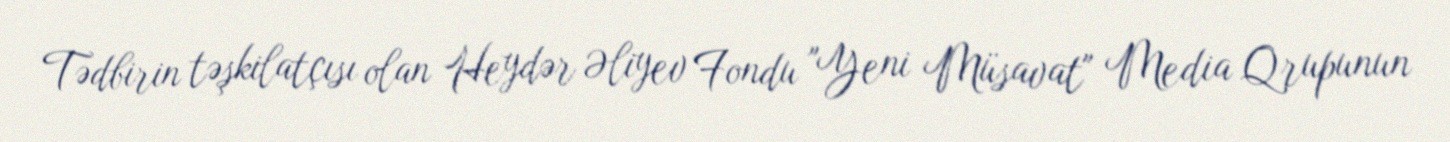
Tədbirin təşkilatçısı olan Heydər Əliyev Fondu "Yeni Müsavat" Media Qrupunun